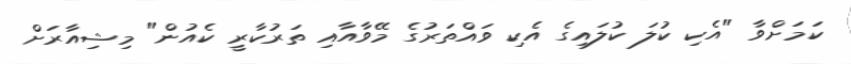
ކަމަށްވާ "އެކި ކުލަ ކުލައިގެ އެކި ވައްތަރުގެ މޭވާއާއި ތަރުކާރީ ކެއުން" މިިޝިއާރަށް